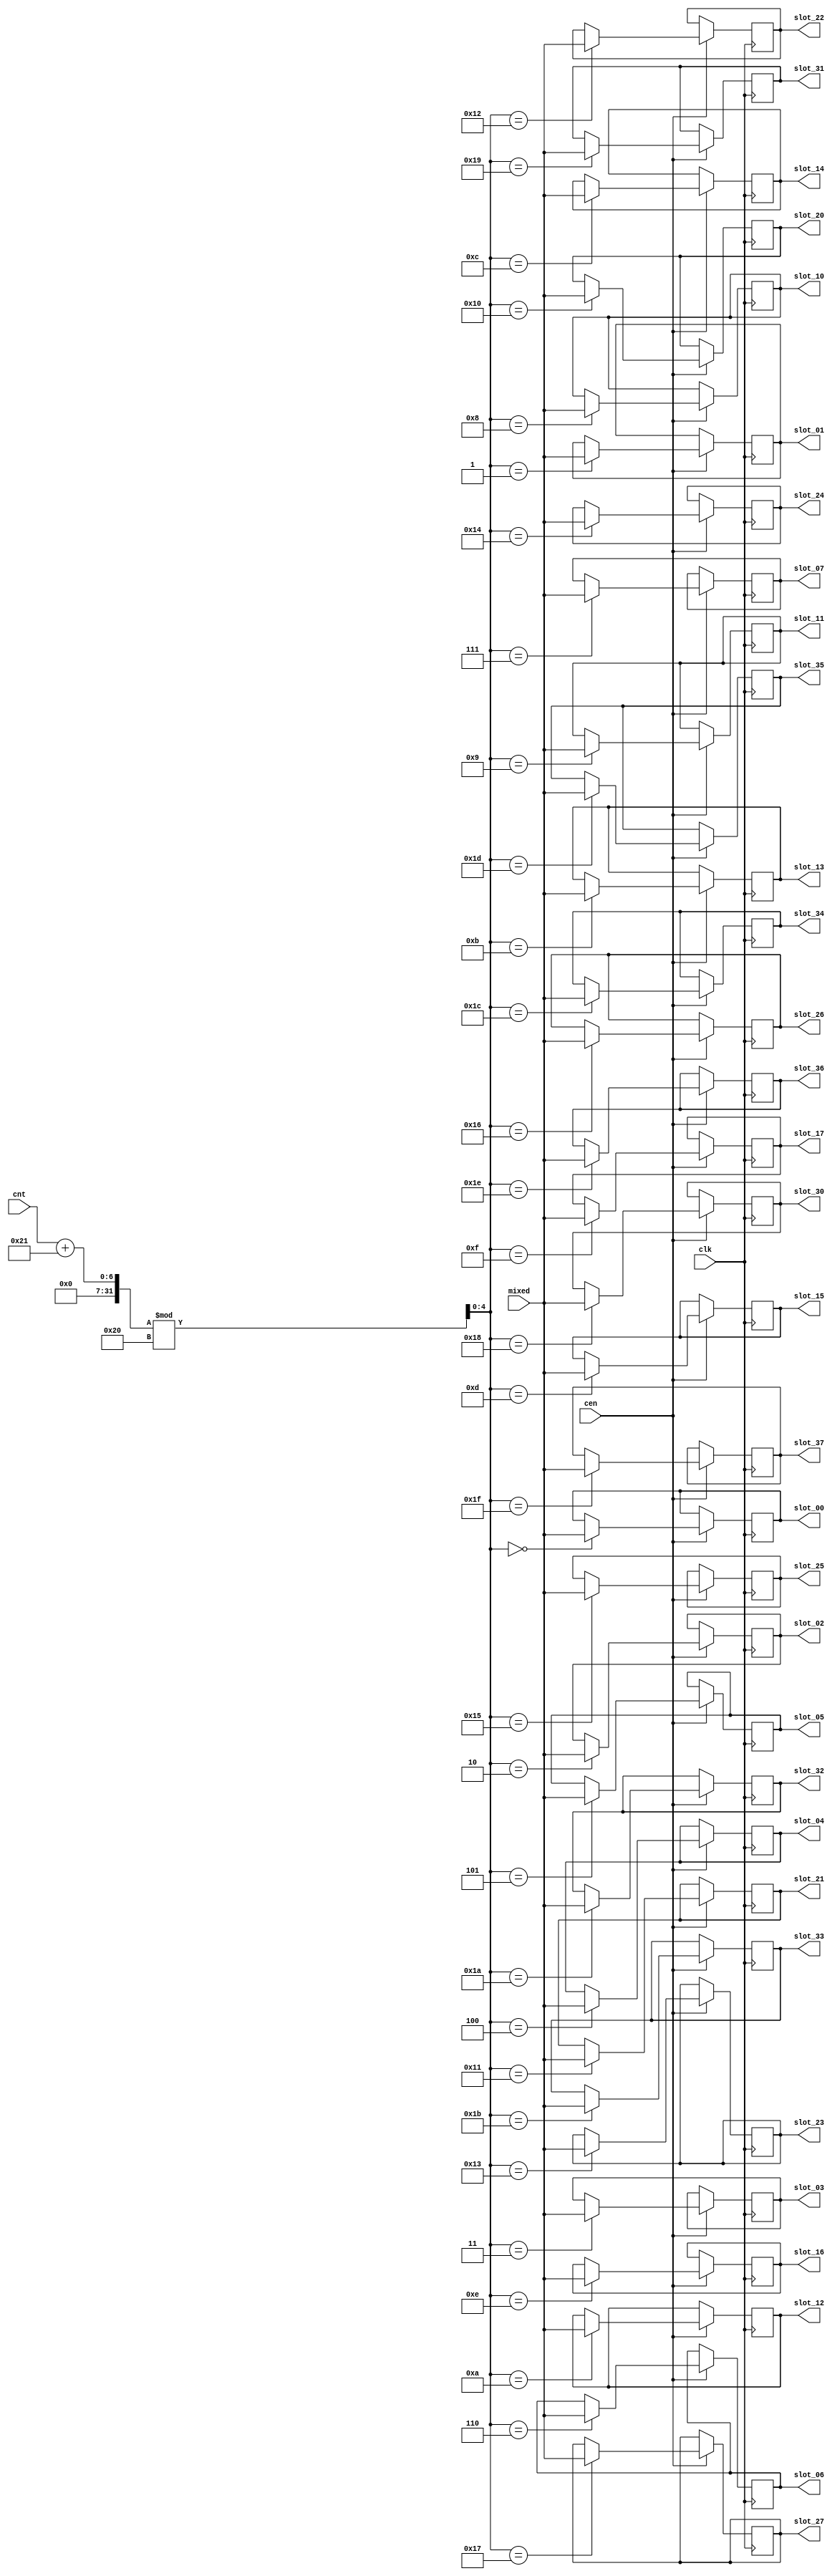
/*  This file is part of JT51.

    JT51 is free software: you can redistribute it and/or modify
    it under the terms of the GNU General Public License as published by
    the Free Software Foundation, either version 3 of the License, or
    (at your option) any later version.

    JT51 is distributed in the hope that it will be useful;
    but WITHOUT ANY WARRANTY, without even the implied warranty of
    MERCHANTABILITY or FITNESS FOR A PARTICULAR PURPOSE.  See the
    GNU General Public License for more details.

    You should have received a copy of the GNU General Public License
    along with JT51.  If not, see <http://www.gnu.org/licenses/>.

    Author: Jose Tejada Gomez. Twitter: @topapate
    Version: 1.1
    Date: 15- 4-2016
    */

/*

parameter stg is the stage of the pipelined signal
for instance if signal is xx_VIII, then set stg to 8

*/

module sep32 #(parameter width=10, parameter stg=5'd0)
(
    input   clk,
    input   cen,
    input [width-1:0] mixed,
    input [4:0] cnt,

    output reg [width-1:0]  slot_00,
    output reg [width-1:0]  slot_01,
    output reg [width-1:0]  slot_02,
    output reg [width-1:0]  slot_03,
    output reg [width-1:0]  slot_04,
    output reg [width-1:0]  slot_05,
    output reg [width-1:0]  slot_06,
    output reg [width-1:0]  slot_07,
    output reg [width-1:0]  slot_10,
    output reg [width-1:0]  slot_11,
    output reg [width-1:0]  slot_12,
    output reg [width-1:0]  slot_13,
    output reg [width-1:0]  slot_14,
    output reg [width-1:0]  slot_15,
    output reg [width-1:0]  slot_16,
    output reg [width-1:0]  slot_17,
    output reg [width-1:0]  slot_20,
    output reg [width-1:0]  slot_21,
    output reg [width-1:0]  slot_22,
    output reg [width-1:0]  slot_23,
    output reg [width-1:0]  slot_24,
    output reg [width-1:0]  slot_25,
    output reg [width-1:0]  slot_26,
    output reg [width-1:0]  slot_27,
    output reg [width-1:0]  slot_30,
    output reg [width-1:0]  slot_31,
    output reg [width-1:0]  slot_32,
    output reg [width-1:0]  slot_33,
    output reg [width-1:0]  slot_34,
    output reg [width-1:0]  slot_35,
    output reg [width-1:0]  slot_36,
    output reg [width-1:0]  slot_37
);

/*verilator coverage_off*/

reg [4:0] cntadj;

reg [width-1:0] slots[0:31] /*verilator public*/;

localparam pos0 = 33-stg;

/* verilator lint_off WIDTH */
always @(*)
    cntadj = (cnt+pos0)%32;
/* verilator lint_on WIDTH */

always @(posedge clk) if(cen) begin
    slots[cntadj] <= mixed;
    case( cntadj ) // octal numbers!
        5'o00:  slot_00 <= mixed;
        5'o01:  slot_01 <= mixed;
        5'o02:  slot_02 <= mixed;
        5'o03:  slot_03 <= mixed;
        5'o04:  slot_04 <= mixed;
        5'o05:  slot_05 <= mixed;
        5'o06:  slot_06 <= mixed;
        5'o07:  slot_07 <= mixed;
        5'o10:  slot_10 <= mixed;
        5'o11:  slot_11 <= mixed;
        5'o12:  slot_12 <= mixed;
        5'o13:  slot_13 <= mixed;
        5'o14:  slot_14 <= mixed;
        5'o15:  slot_15 <= mixed;
        5'o16:  slot_16 <= mixed;
        5'o17:  slot_17 <= mixed;
        5'o20:  slot_20 <= mixed;
        5'o21:  slot_21 <= mixed;
        5'o22:  slot_22 <= mixed;
        5'o23:  slot_23 <= mixed;
        5'o24:  slot_24 <= mixed;
        5'o25:  slot_25 <= mixed;
        5'o26:  slot_26 <= mixed;
        5'o27:  slot_27 <= mixed;
        5'o30:  slot_30 <= mixed;
        5'o31:  slot_31 <= mixed;
        5'o32:  slot_32 <= mixed;
        5'o33:  slot_33 <= mixed;
        5'o34:  slot_34 <= mixed;
        5'o35:  slot_35 <= mixed;
        5'o36:  slot_36 <= mixed;
        5'o37:  slot_37 <= mixed;
    endcase
end

/*verilator coverage_on*/

endmodule